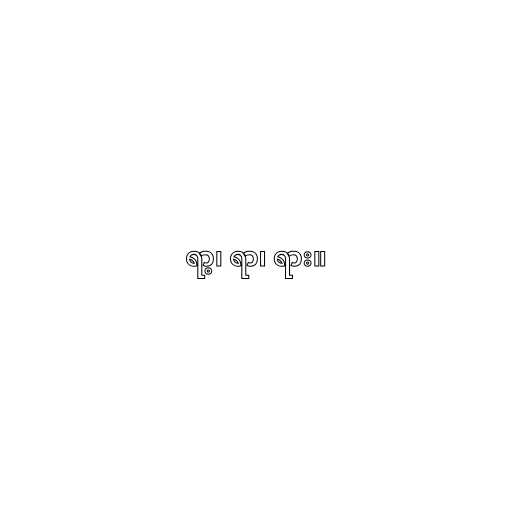
ရာ့၊ ရာ၊ ရား။